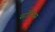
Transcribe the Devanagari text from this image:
सर्टोरियस